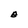
Character: B